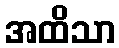
အထိသာ